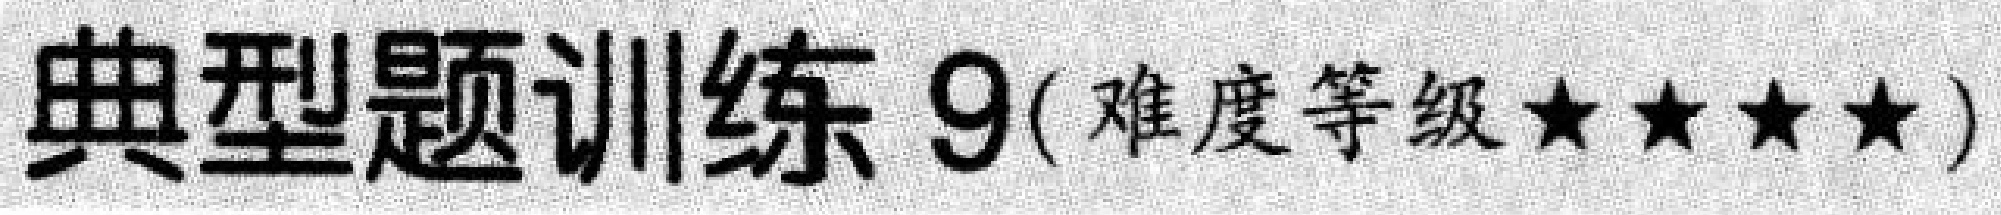
典型题训练 9(难度等级★★★★)